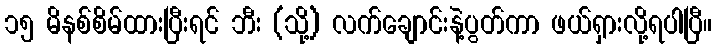
၁၅ မိနစ်စိမ်ထားပြီးရင် ဘီး (သို့) လက်ချောင်းနဲ့ပွတ်ကာ ဖယ်ရှားလို့ရပါပြီ။